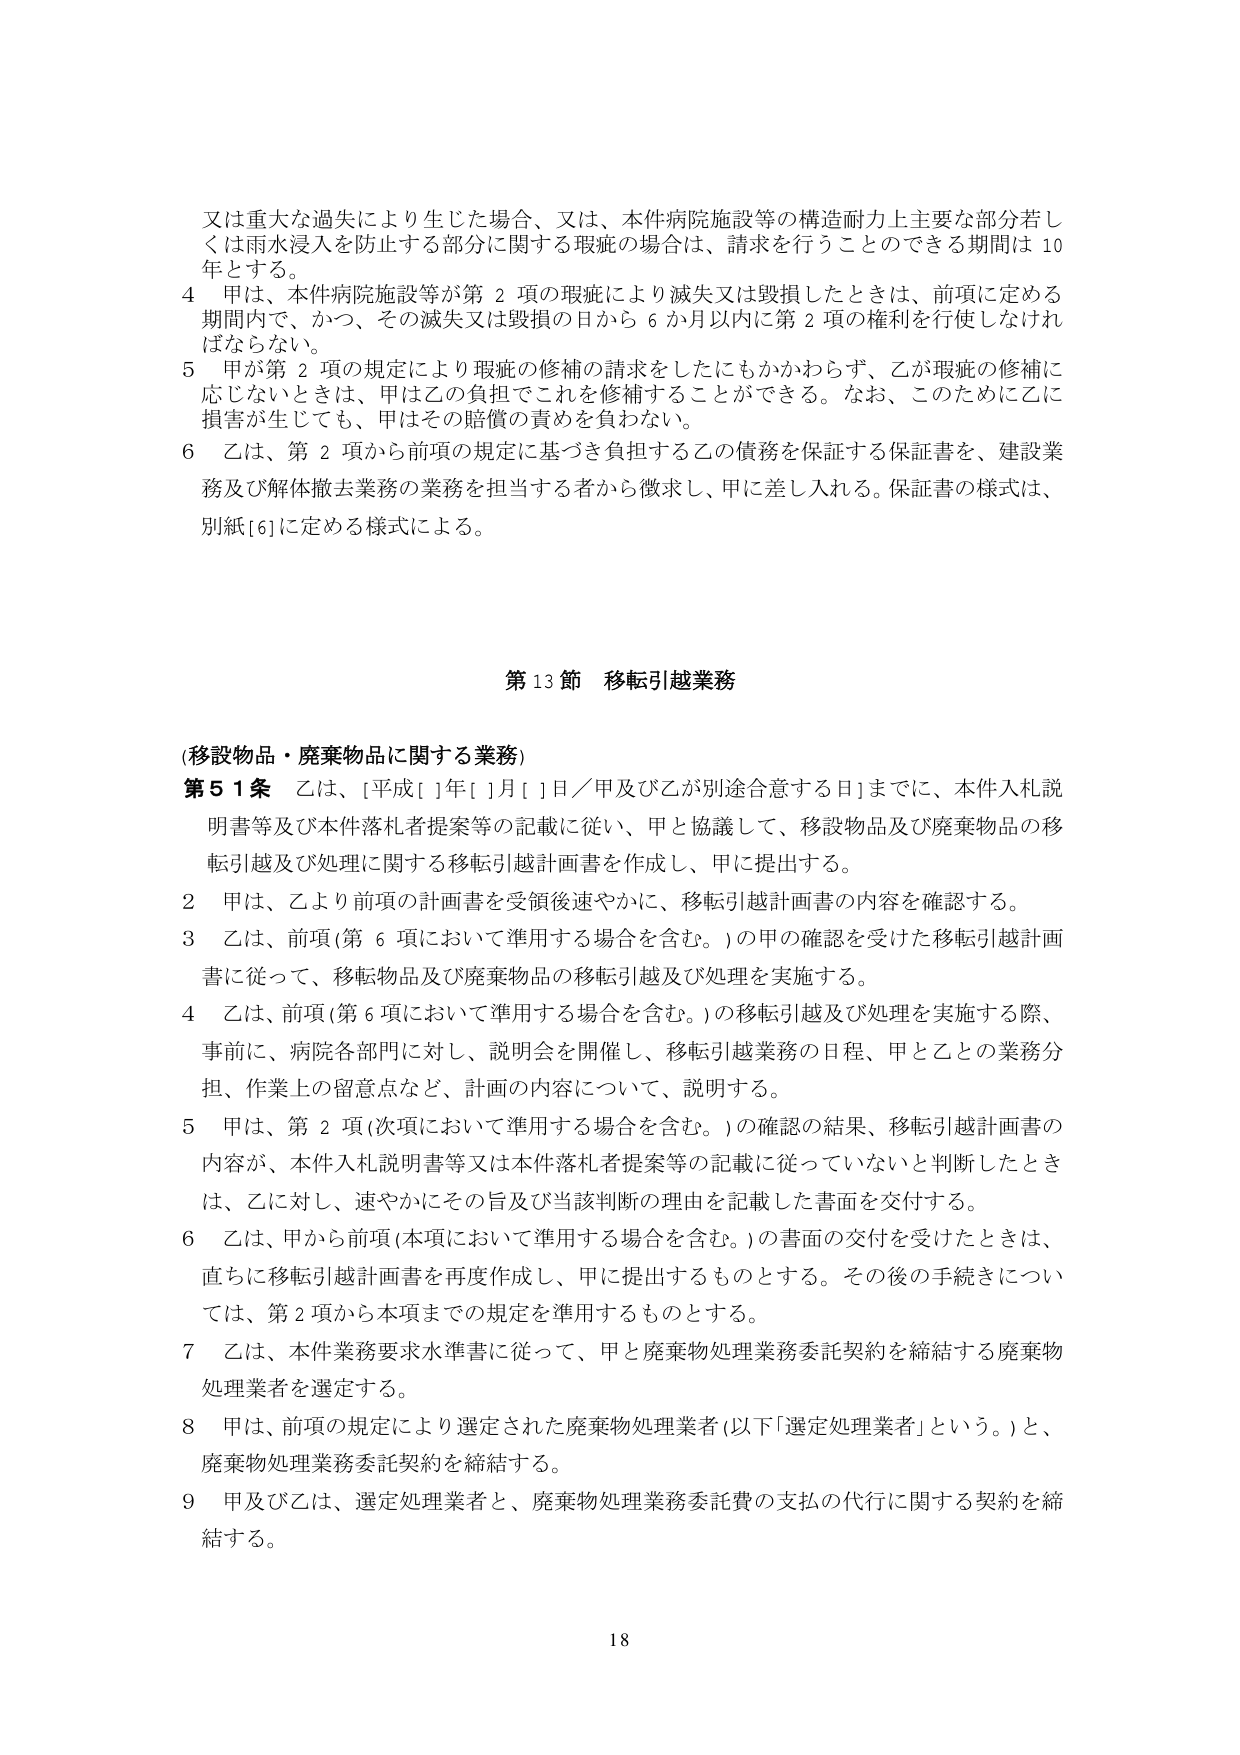
又は重大な過失により生じた場合、又は、本件病院施設等の構造耐力上主要な部分若しくは雨水浸入を防止する部分に関する瑕疵の場合は、請求を行うことのできる期間は10年とする。

4 甲は、本件病院施設等が第2項の瑕疵により滅失又は毀損したときは、前項に定める期間内で、かつ、その滅失又は毀損の日から6か月以内に第2項の権利を行使しなければならない。

5 甲が第2項の規定により瑕疵の修補の請求をしたにもかかわらず、乙が瑕疵の修補に応じないときは、甲は乙の負担でこれを修補することができる。なお、このために乙に損害が生じても、甲はその賠償の責めを負わない。

6 乙は、第2項から前項の規定に基づき負担する乙の債務を保証する保証書を、建設業務及び解体撤去業務の業務を担当する者から徴求し、甲に差し入れる。保証書の様式は、別紙[6]に定める様式による。

第13節 移転引越業務

(移設物品・廃棄物品に関する業務)

第51条 乙は、[平成[ ]年[ ]月[ ]日／甲及び乙が別途合意する日]までに、本件入札説明書等及び本件落札者提案等の記載に従い、甲と協議して、移設物品及び廃棄物品の移転引越及び処理に関する移転引越計画書を作成し、甲に提出する。

2 甲は、乙より前項の計画書を受領後速やかに、移転引越計画書の内容を確認する。

3 乙は、前項(第6項において準用する場合を含む。)の甲の確認を受けた移転引越計画書に従って、移転物品及び廃棄物品の移転引越及び処理を実施する。

4 乙は、前項(第6項において準用する場合を含む。)の移転引越及び処理を実施する際、事前に、病院各部門に対し、説明会を開催し、移転引越業務の日程、甲と乙との業務分担、作業上の留意点など、計画の内容について、説明する。

5 甲は、第2項(次項において準用する場合を含む。)の確認の結果、移転引越計画書の内容が、本件入札説明書等又は本件落札者提案等の記載に従っていないと判断したときは、乙に対し、速やかにその旨及び当該判断の理由を記載した書面を交付する。

6 乙は、甲から前項(本項において準用する場合を含む。)の書面の交付を受けたときは、直ちに移転引越計画書を再度作成し、甲に提出するものとする。その後の手続きについては、第2項から本項までの規定を準用するものとする。

7 乙は、本件業務要求水準書に従って、甲と廃棄物処理業務委託契約を締結する廃棄物処理業者を選定する。

8 甲は、前項の規定により選定された廃棄物処理業者(以下「選定処理業者」という。)と、廃棄物処理業務委託契約を締結する。

9 甲及び乙は、選定処理業者と、廃棄物処理業務委託費の支払の代行に関する契約を締結する。

18